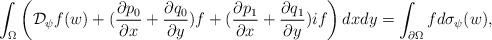
LaTeX: \begin{align*} \int_\Omega\left( {\mathcal D}_{\psi} f(w) + ( \frac{\partial p_0}{\partial x } + \frac{\partial q_0}{\partial y } )f + ( \frac{\partial p_1}{\partial x } + \frac{\partial q_1}{\partial y } ) { i} f\right)dxdy =\int_{\partial \Omega} f d\sigma_{\psi}(w), \end{align*}